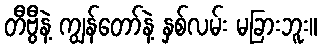
တီဗွီနဲ့ ကျွန်တော်နဲ့ နှစ်လမ်း မခြားဘူး။